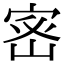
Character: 𭓽